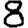
Digit: 8